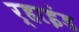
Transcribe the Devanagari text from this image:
र्हाइंड